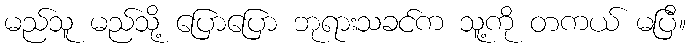
မည်သူ မည်သို့ ပြောပြော ဘုရားသခင်က သူ့ကို တကယ် မပြီ။